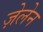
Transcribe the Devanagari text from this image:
ज़ेलेन